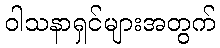
ဝါသနာရှင်များအတွက်